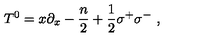
T ^ { 0 } = x \partial _ { x } - { \frac { n } { 2 } } + { \frac { 1 } { 2 } } \sigma ^ { + } \sigma ^ { - } \ ,